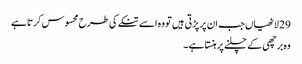
29 لاٹھیاں جب ان پر پڑتی ہیں تو وہ اسے تنکے کی طرح محسوس کرتا ہے
وہ برچھی کے چلنے پر ہنستا ہے۔